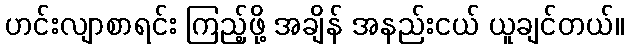
ဟင်းလျာစာရင်း ကြည့်ဖို့ အချိန် အနည်းငယ် ယူချင်တယ်။